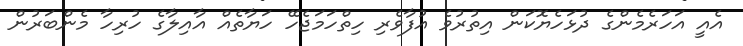
އެއީ އަހަރެމެންގެ ދުޅަހެޔޮކަން އިތުރުވެ އުފާވެރި ހިތްހަމަޖެހޭ ހަޔާތެއް އާއިލާގެ ހުރިހާ މެންބަރުން